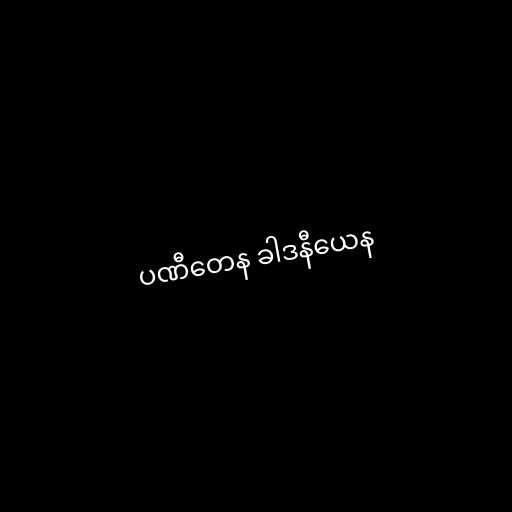
ပဏီတေန ခါဒနီယေန